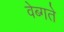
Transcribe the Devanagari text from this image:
वेब्गते